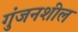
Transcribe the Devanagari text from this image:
गुंजनशील